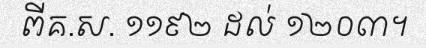
ពីគ.ស. ១១៩២ ដល់ ១២០៣។